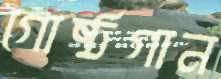
গোষ্ঠগান